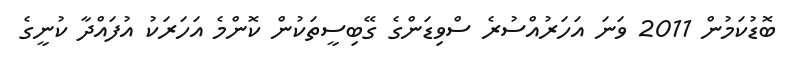
ބޮޑުކަމުން 2011 ވަނަ އަހަރުއްސުރެ ސްވިޑަންގެ ގޭބިސީތަކުން ކޮންމެ އަހަރަކު އުފައްދާ ކުނީގެ